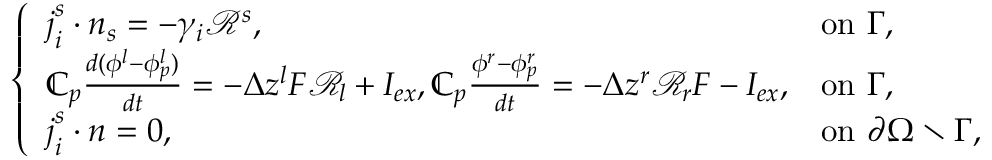
\left\{ \begin{array} { l l } { \boldsymbol { j } _ { i } ^ { s } \cdot \boldsymbol { n } _ { s } = - \gamma _ { i } \mathcal { R } ^ { s } , } & { \mathrm { o n ~ } \Gamma , } \\ { \mathbb { C } _ { p } \frac { d ( \phi ^ { l } - \phi _ { p } ^ { l } ) } { d t } = - \Delta z ^ { l } F \mathcal { R } _ { l } + I _ { e x } , \mathbb { C } _ { p } \frac { \phi ^ { r } - \phi _ { p } ^ { r } } { d t } = - \Delta z ^ { r } \mathcal { R } _ { r } F - I _ { e x } , } & { \mathrm { o n ~ } \Gamma , } \\ { \boldsymbol { j } _ { i } ^ { s } \cdot \boldsymbol { n } = 0 , ~ } & { \mathrm { o n ~ } \partial \Omega \setminus \Gamma , } \end{array} \right.